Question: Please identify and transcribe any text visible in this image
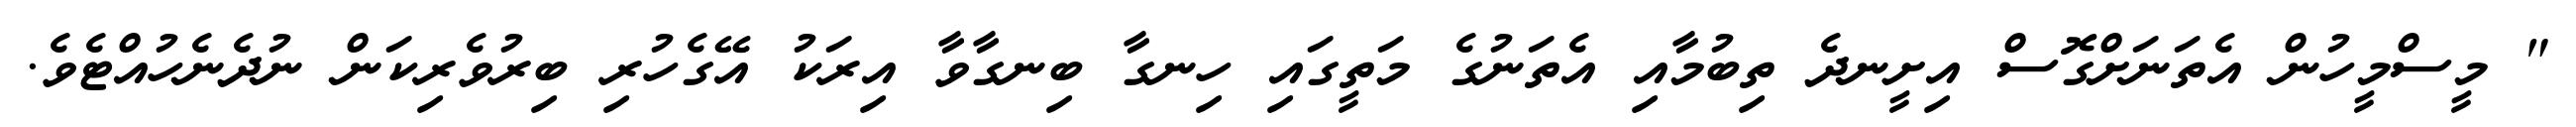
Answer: " މީސްމީހުން އެތަނަށްގޮސް އިށީނދެ ތިބުމާއި އެތަނުގެ މަތީގައި ހިނގާ ބިނގާވާ އިރަކު އޭގެހުރި ބިރުވެރިކަން ނުދެނެހުއްޓެވެ.